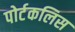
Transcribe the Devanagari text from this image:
पोर्टकलिस